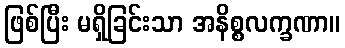
ဖြစ်ပြီး မရှိခြင်းသာ အနိစ္စလက္ခဏာ။